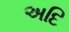
અદિ